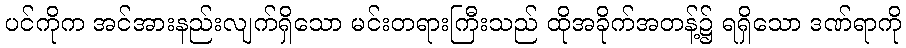
ပင်ကိုက အင်အားနည်းလျက်ရှိသော မင်းတရားကြီးသည် ထိုအခိုက်အတန့်၌ ရရှိသော ဒဏ်ရာကို